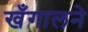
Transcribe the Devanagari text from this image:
खँगालने